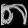
Digit: ၈